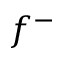
f ^ { - }